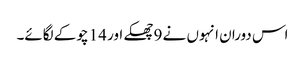
اس دوران انہوں نے 9 چھکے اور 14 چوکے لگائے۔